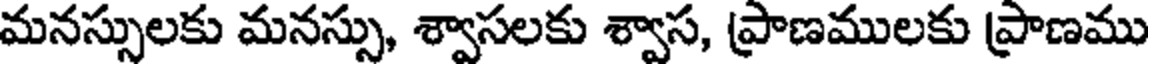
మనస్సులకు మనస్సు, శ్వాసలకు శ్వాస, ప్రాణములకు ప్రాణము